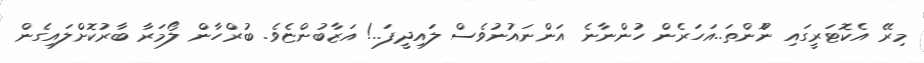
މިރޭ އެކޮޓަރީގައި ނޫްންތަ..އަހަރެން ހުންނާނެ އަންނައުނުވެސް ލައިދީފަ..! އަޒާބުންޏެވެ. ބުރްހާން ލޯމަރާ ބާރުކޮށްލައިގެން